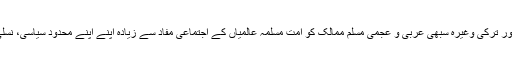
لیکن المیہ تو یہی ہے کہ سعودی عرب، ایران اور ترکی وغیرہ سبھی عربی و عجمی مسلم ممالک کو اُمت ِمسلمہِ عالَمیاں کے اِجتماعی مفاد سے زیادہ اپنے اپنے محدود سیاسی، نسلی، مسلکی اور علاقائی مفادات زیادہ عزیز ہیں ۔